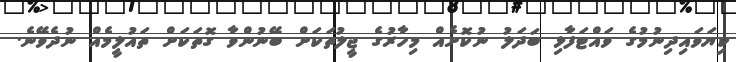
ކިޔަވައިދިނުމުގެ ވައްޓަފާޅި ބަދަލު ނުކޮށެއް މިހާރުގެ ޖީލުތަކަށް ބޭނުންވާ ގޮތަކަށް ތައުލީމެއް ނުދެވޭނެ.